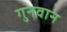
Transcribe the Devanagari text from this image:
गुनवान